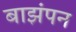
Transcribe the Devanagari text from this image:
बाझंपन